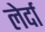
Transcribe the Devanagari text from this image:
लेर्दा